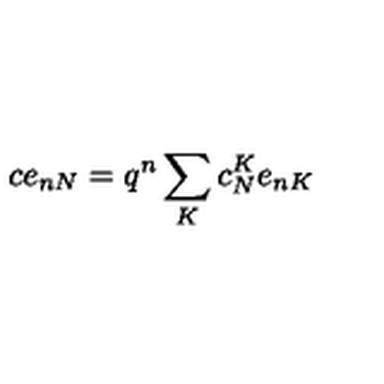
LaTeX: c e _ { n N } = q ^ { n } \sum _ { K } c _ { N } ^ { K } e _ { n K }